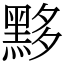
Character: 黟